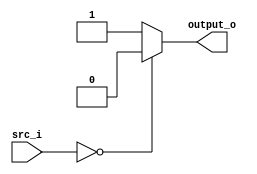
//Subject:     CO project 3 - Equal_To_Zero
//--------------------------------------------------------------------------------
//Version:     1
//--------------------------------------------------------------------------------
//Writer:      0516003
//----------------------------------------------
//Date:        
//----------------------------------------------
//Description: 
//--------------------------------------------------------------------------------

module Equal_To_Zero(
    src_i,
	output_o
	);
     
//I/O ports
input  [32-1:0]  src_i;
output 	 output_o;

//Internal Signals

reg output_o;

//Parameter

//Main function

always @(src_i) begin
	if(src_i == 32'b0)
		output_o <= 1'b0;
	else
		output_o <= 1'b1;
end

endmodule